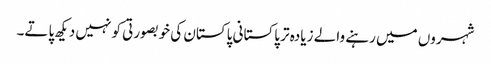
شہروں میں رہنے والے زیادہ تر پاکستانی پاکستان کی خوبصورتی کو نہیں دیکھ پاتے۔